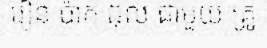
រៀន ប៉ាក់ ជុល ជាមួយ គ្រូ